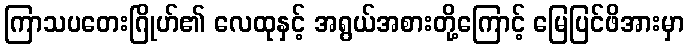
ကြာသပတေးဂြိုဟ်၏ လေထုနှင့် အရွယ်အစားတို့ကြောင့် မြေပြင်ဖိအားမှာ